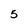
Character: 5